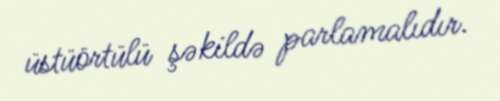
üstüörtülü şəkildə parlamalıdır.